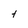
Character: t